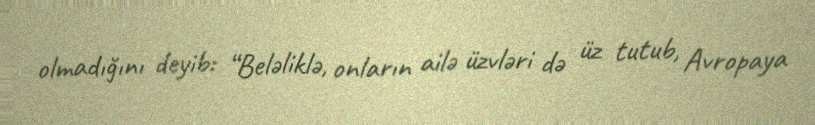
olmadığını deyib: “Beləliklə, onların ailə üzvləri də üz tutub, Avropaya